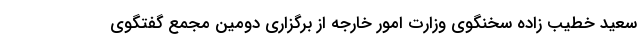
سعید خطیب زاده سخنگوی وزارت امور خارجه از برگزاری دومین مجمع گفتگوی